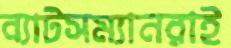
ব্যাটসম্যানরাই